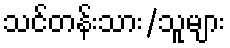
သင်တန်းသား/သူများ